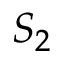
S _ { 2 }